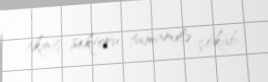
tikinti sektoru tamamilə çöküb.